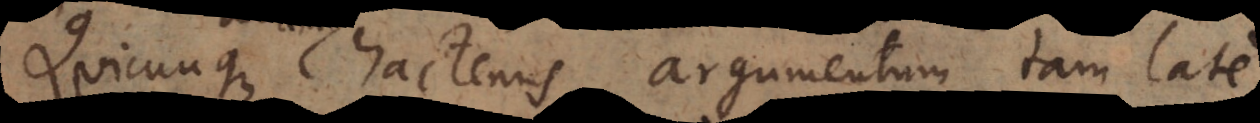
Quicunque hactenus argumentum tam l